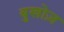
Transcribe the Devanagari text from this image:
बुखोज़